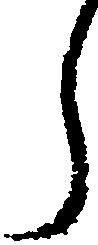
ら